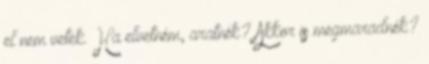
el nem vetek. Ha elvetném, aratnék? Akkor is megmaradnék?